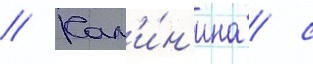
// Кал'и́н'ина / с